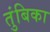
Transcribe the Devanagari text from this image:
तुंबिका